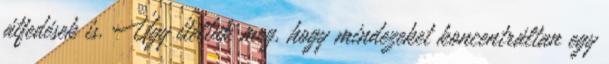
átfedések is. Úgy ítéltük meg, hogy mindezeket koncentráltan egy